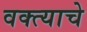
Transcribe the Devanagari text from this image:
वक्त्याचे